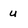
Character: u